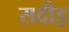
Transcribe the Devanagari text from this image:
सदीइ